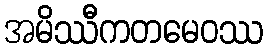
အမိဿီကတမေဝဿ